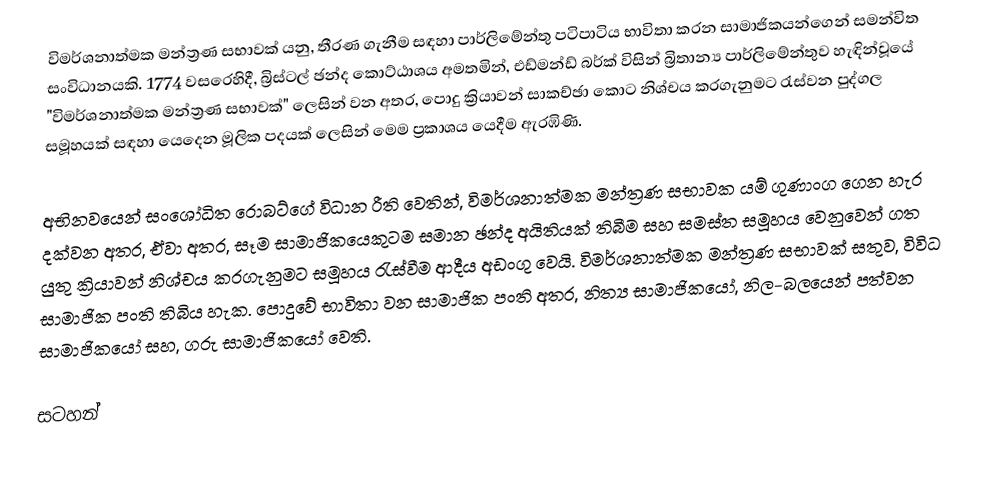
විමර්ශනාත්මක මන්ත්‍රණ සභාවක් යනු, තීරණ ගැනීම සඳහා පාර්ලිමේන්තු පටිපාටිය භාවිතා කරන ස‍ාමාජිකයන්ගෙන් සමන්විත  සංවිධානයකි. 1774 වසරෙහිදී, බ්‍රිස්ටල් ඡන්ද කොට්ඨාශය අමතමින්, එඩ්මන්ඩ් බර්ක් විසින්  බ්‍රිතාන්‍ය පාර්ලිමේන්තුව හැඳින්වූයේ  "විමර්ශනාත්මක මන්ත්‍රණ සභාවක්" ලෙසින් වන අතර,  පොදු ක්‍රියාවන් සාකච්ඡා කොට නිශ්චය කරගැනුමට රැස්වන පුද්ගල සමූහයක් සඳහා යෙදෙන මූලික පදයක් ලෙසින් මෙම ප්‍රකාශය යෙදීම ඇරඹිණි.

අභිනවයෙන් සංශෝධිත රොබට්ගේ විධාන රීති වෙතින්, විමර්ශනාත්මක මන්ත්‍රණ සභාවක යම් ගුණාංග ගෙන හැර දක්වන අතර, ඒවා අතර,  සෑම සාමාජිකයෙකුටම සමාන ඡන්ද අයිතියක් තිබීම සහ සමස්ත සමූහය වෙනුවෙන් ගත යුතු ක්‍රියාවන් නිශ්චය කරගැනුමට සමූහය රැස්වීම ආදීය අඩංගු වෙයි.  විමර්ශනාත්මක මන්ත්‍රණ සභාවක් සතුව, විවිධ සාමාජික පංති තිබිය හැක. පොදුවේ භාවිතා වන සාමාජික පංති අතර, නිත්‍ය සාමාජිකයෝ, නිල-බලයෙන් පත්වන සාමාජිකයෝ සහ, ගරු සාමාජිකයෝ වෙති.

සටහන්